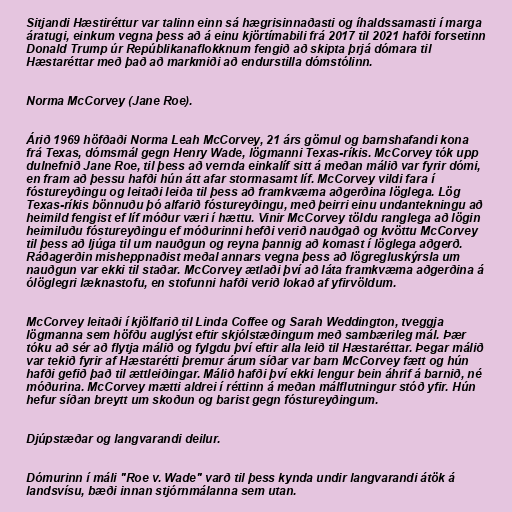
Sitjandi Hæstiréttur var talinn einn sá hægrisinnaðasti og íhaldssamasti í marga
áratugi, einkum vegna þess að á einu kjörtímabili frá 2017 til 2021 hafði forsetinn
Donald Trump úr Repúblikanaflokknum fengið að skipta þrjá dómara til
Hæstaréttar með það að markmiði að endurstilla dómstólinn.

Norma McCorvey (Jane Roe).

Árið 1969 höfðaði Norma Leah McCorvey, 21 árs gömul og barnshafandi kona
frá Texas, dómsmál gegn Henry Wade, lögmanni Texas-ríkis. McCorvey tók upp
dulnefnið Jane Roe, til þess að vernda einkalíf sitt á meðan málið var fyrir dómi,
en fram að þessu hafði hún átt afar stormasamt líf. McCorvey vildi fara í
fóstureyðingu og leitaði leiða til þess að framkvæma aðgerðina löglega. Lög
Texas-ríkis bönnuðu þó alfarið fóstureyðingu, með þeirri einu undantekningu að
heimild fengist ef líf móður væri í hættu. Vinir McCorvey töldu ranglega að lögin
heimiluðu fóstureyðingu ef móðurinni hefði verið nauðgað og kvöttu McCorvey
til þess að ljúga til um nauðgun og reyna þannig að komast í löglega aðgerð.
Ráðagerðin misheppnaðist meðal annars vegna þess að lögregluskýrsla um
nauðgun var ekki til staðar. McCorvey ætlaði því að láta framkvæma aðgerðina á
ólöglegri læknastofu, en stofunni hafði verið lokað af yfirvöldum.

McCorvey leitaði í kjölfarið til Linda Coffee og Sarah Weddington, tveggja
lögmanna sem höfðu auglýst eftir skjólstæðingum með sambærileg mál. Þær
tóku að sér að flytja málið og fylgdu því eftir alla leið til Hæstaréttar. Þegar málið
var tekið fyrir af Hæstarétti þremur árum síðar var barn McCorvey fætt og hún
hafði gefið það til ættleiðingar. Málið hafði því ekki lengur bein áhrif á barnið, né
móðurina. McCorvey mætti aldrei í réttinn á meðan málflutningur stóð yfir. Hún
hefur síðan breytt um skoðun og barist gegn fóstureyðingum.

Djúpstæðar og langvarandi deilur.

Dómurinn í máli "Roe v. Wade" varð til þess kynda undir langvarandi átök á
landsvísu, bæði innan stjórnmálanna sem utan.